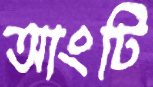
আংটি